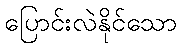
ပြောင်းလဲနိုင်သော